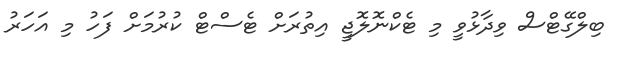
ބިލްގޭޓްސް ވިދާޅުވީ މި ޓެކްނޮލޮޖީ އިތުރަށް ޓެސްޓް ކުރުމަށް ފަހު މި އަހަރު